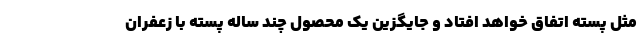
مثل پسته اتفاق خواهد افتاد و جایگزین یک محصول چند ساله پسته با زعفران